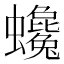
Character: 𧕃